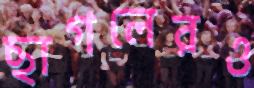
ছাগলেরও